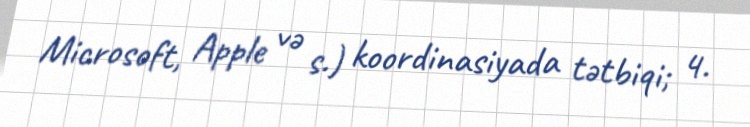
Microsoft, Apple və s.) koordinasiyada tətbiqi; 4.